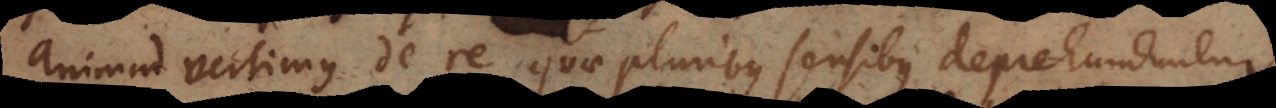
animadvertimus de re, quae pluribus sensibus deprehenduntur